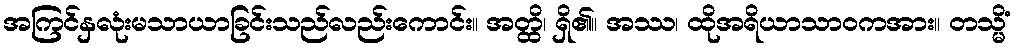
အကြင်နှလုံးမသာယာခြင်းသည်လည်းကောင်း။ အတ္ထိ၊ ရှိ၏။ အဿ၊ ထိုအရိယာသာဝကအား။ တသ္မိံ